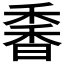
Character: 𩠼